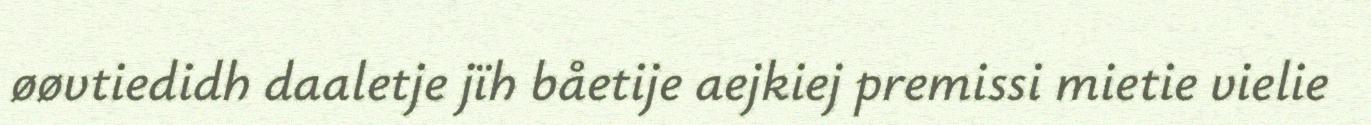
øøvtiedidh daaletje jïh båetije aejkiej premissi mietie vielie